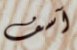
آسف